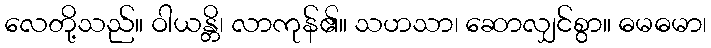
လေတို့သည်။ ဝါယန္တိ၊ လာကုန်၏။ သဟသာ၊ ဆောလျှင်စွာ။ ဓမဓမာ၊